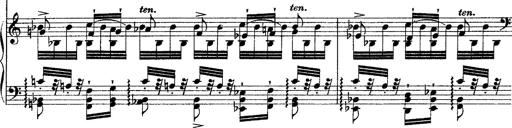
Title: Grande fantasie di bravura sur La clochette
Composer: Franz Liszt
Key: A minor